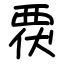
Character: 覄